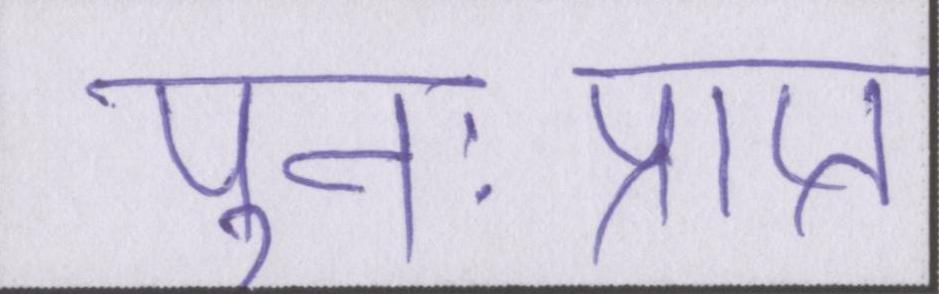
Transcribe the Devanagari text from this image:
पुनःप्राप्त